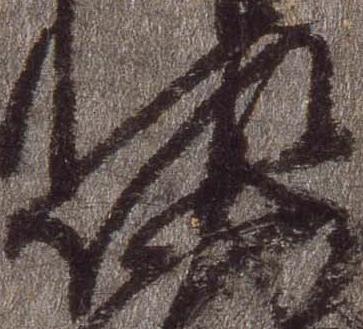
佐